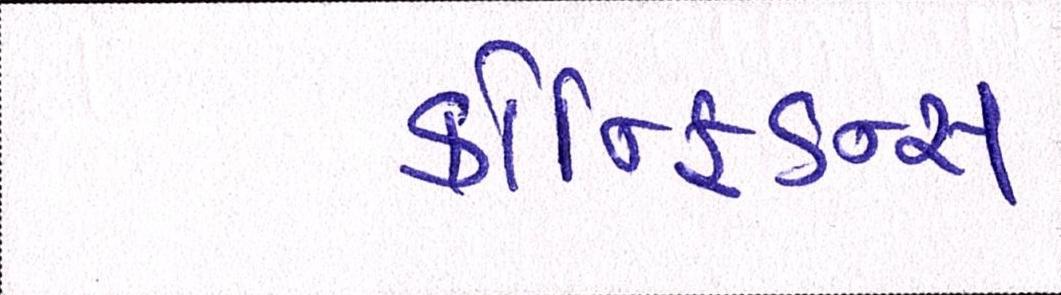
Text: કોન્ફિડન્સ